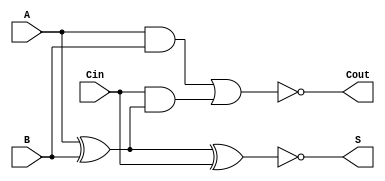
module Negative_Circuit_Full_Adder (
    input wire A,      // First input bit
    input wire B,      // Second input bit
    input wire Cin,    // Carry-in bit
    output wire S,     // Sum output
    output wire Cout   // Carry-out output
);

// Internal signals for the positive logic
wire A_xor_B;
wire A_and_B;
wire Cin_and_A_xor_B;

// Compute A XOR B
assign A_xor_B = A ^ B;

// Compute the Sum output in negative logic
assign S = ~(A_xor_B ^ Cin); // S = NOT(A XOR B XOR Cin)

// Compute the Carry-out output in positive logic
assign A_and_B = A & B;
assign Cin_and_A_xor_B = Cin & A_xor_B;

// Compute Cout in negative logic
assign Cout = ~(A_and_B | Cin_and_A_xor_B); // Cout = NOT((A AND B) OR (Cin AND (A XOR B)))

endmodule